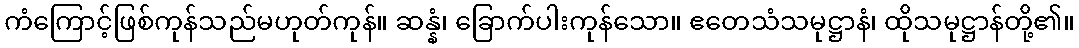
ကံကြောင့်ဖြစ်ကုန်သည်မဟုတ်ကုန်။ ဆန္နံ၊ ခြောက်ပါးကုန်သော။ ဧတေသံသမုဋ္ဌာနံ၊ ထိုသမုဋ္ဌာန်တို့၏။